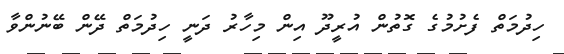
ހިދުމަތް ފެށުމުގެ ގޮތުން އުރީދޫ އިން މިހާރު ދަނީ ހިދުމަތް ދޭން ބޭނުންވާ